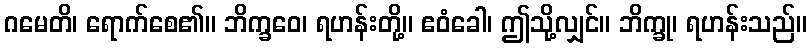
ဂမေတိ၊ ရောက်စေ၏။ ဘိက္ခဝေ၊ ရဟန်းတို့။ ဧဝံခေါ၊ ဤသို့လျှင်။ ဘိက္ခု၊ ရဟန်းသည်။